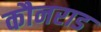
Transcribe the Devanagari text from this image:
कौनराड